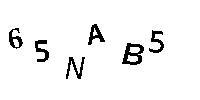
65NAB5